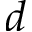
d